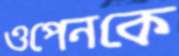
ওপেনকে